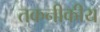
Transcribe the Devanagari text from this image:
तकनीकीय